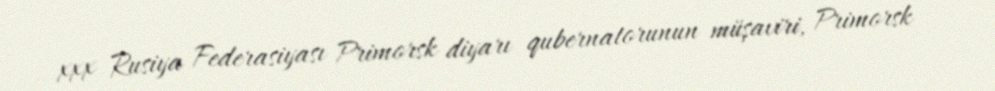
xxx Rusiya Federasiyası Primorsk diyarı qubernatorunun müşaviri, Primorsk